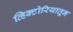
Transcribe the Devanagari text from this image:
व्हिक्टोरियातून